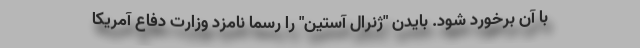
با آن برخورد شود. بایدن "ژنرال آستین" را رسما نامزد وزارت دفاع آمریکا